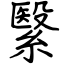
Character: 繄